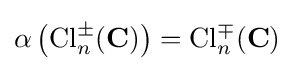
\alpha \left(\mathrm {Cl} _{n}^{\pm }(\mathbf {C} )\right)=\mathrm {Cl} _{n}^{\mp }(\mathbf {C} )